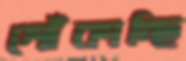
শোঁকাচ্ছি